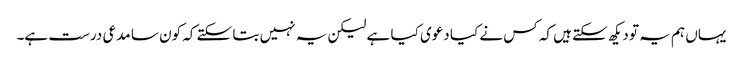
یہاں ہم یہ تو دیکھ سکتے ہیں کہ کس نے کیا دعوی کیا ہے لیکن یہ نہیں بتا سکتے کہ کون سا مدعی درست ہے۔